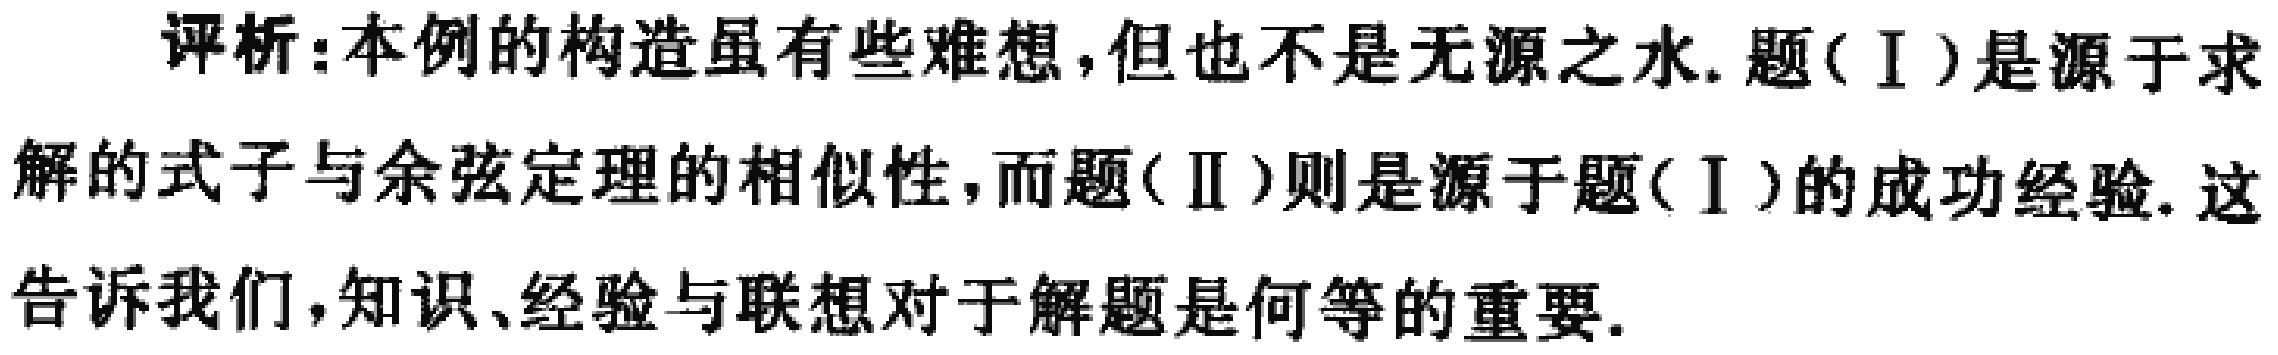
评析:本例的构造虽有些难想,但也不是无源之水. 题(Ⅰ)是源于求解的式子与余弦定理的相似性,而题(Ⅱ)则是源于题(Ⅰ)的成功经验. 这告诉我们,知识、经验与联想对于解题是何等的重要.